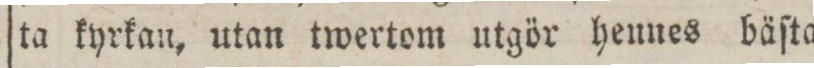
ta kyrkan, utan twertom utgör hennes bäſta